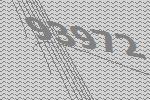
93972